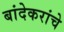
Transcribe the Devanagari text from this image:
बांदेकरांचे